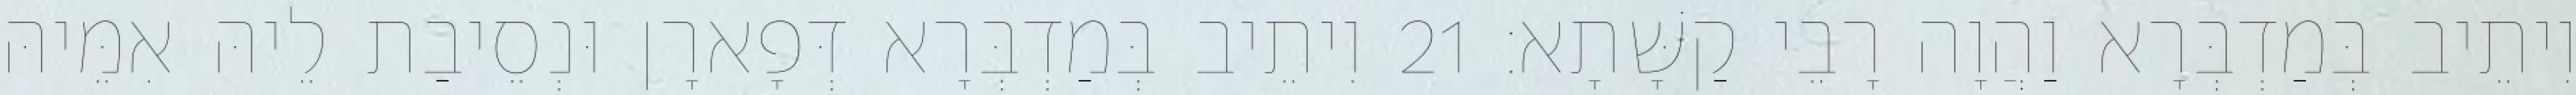
וִיתֵיב בְּמַדְבְּרָא וַהֲוָה רָבֵי קַשָּׁתָא׃ 21 וִיתֵיב בְּמַדְבְּרָא דְּפָארָן וּנְסֵיבַת לֵיהּ אִמֵּיהּ